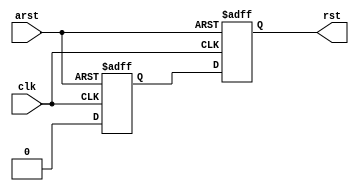
/***************************************************************************************************
 * Module: reset_sync
 *
 * Description: Synchronizes an async reset to a clock domain
 *
 * Test bench: tester_reset_sync.v
 *
 * Time-stamp: April  7, 2010, 2:34AM
 *
 **************************************************************************************************/
`ifndef _reset_sync_ `define _reset_sync_

module reset_sync
   (input       clk,
    input       arst,
    output reg  rst);

    reg rst_r;

    always @(posedge clk or posedge arst)
        if (arst)    {rst, rst_r} <= 2'b11;
        else         {rst, rst_r} <= {rst_r, 1'b0};

endmodule

`endif //  `ifndef _reset_sync_